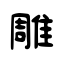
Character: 雕